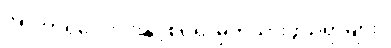
အာဟာရလေးပါးနှင့်စပ်၍ မှတ်သားဖွယ်ရာများ။